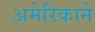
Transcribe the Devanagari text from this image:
अमेरिकाने